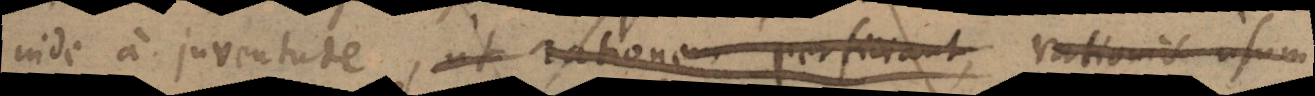
nde a juventute, ut rationem perficiant rationis usum